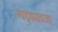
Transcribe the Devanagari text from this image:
खड्ड्यावजा